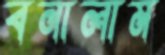
বনালাম